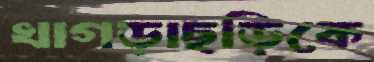
খাগড়াছড়িকে